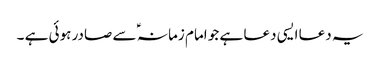
یہ دعا ایسی دعا ہے جو امام زمانہ ؑ سے صادر ہوئی ہے ۔